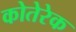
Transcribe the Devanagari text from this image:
कोतेरेक